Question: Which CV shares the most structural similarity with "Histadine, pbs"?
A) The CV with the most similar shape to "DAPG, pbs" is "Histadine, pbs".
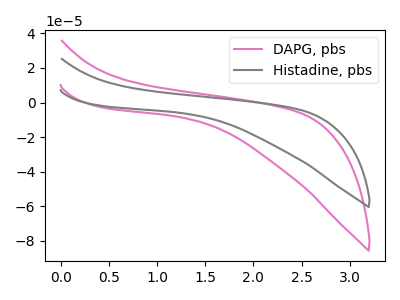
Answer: <think>The pink curve "DAPG, pbs" has no peaks. The gray curve "Histadine, pbs" has no peaks.
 Neither "DAPG, pbs" or "Histadine, pbs" have any peaks.</think>
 <answer>A) The CV with the most similar shape to "DAPG, pbs" is "Histadine, pbs".</answer>
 <eval>A</eval>